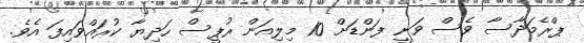
ޕްރެމަދާސާ ވެސް ވަނީ ފަންޑަށް 10 މިލިއަން ރުޕީސް ހަދިޔާ ކުރައްވައިފަ އެވެ.